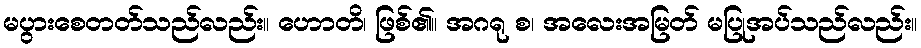
မပွားစေတတ်သည်လည်း။ ဟောတိ၊ ဖြစ်၏။ အဂရု စ၊ အလေးအမြတ် မပြုအပ်သည်လည်း။